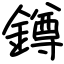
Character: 鐏